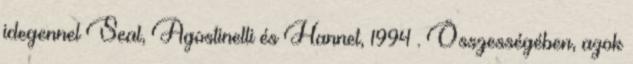
idegennel Seal, Agostinelli és Hannet, 1994 . Összességében, azok